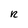
Character: R